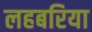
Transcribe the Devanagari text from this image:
लहबरिया